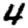
Digit: 4